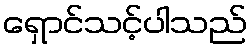
ရှောင်သင့်ပါသည်